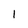
Character: 1